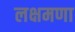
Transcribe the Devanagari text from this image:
लक्षमणा